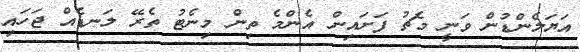
އަޔަލެންޑުން ވަނީ މެޗު ފަށައިން އެންމެ ތިން މިނެޓު ތެރޭ ލަނޑެއް ޖަހައި